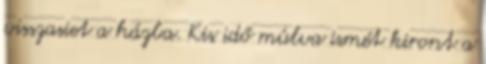
visszasiet a házba. Kis idő múlva ismét kiront a